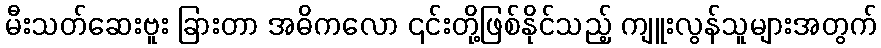
မီးသတ်ဆေးဗူး ခြားတာ အဓိကလော ၎င်းတို့ဖြစ်နိုင်သည့် ကျူးလွန်သူများအတွက်